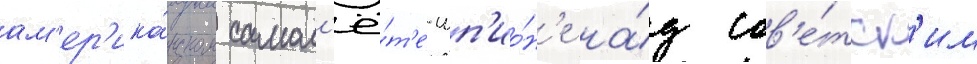
ам'ер'ика́нском самол'ё́т'е-шп'ио́н'е на́д сов'е́тск'им